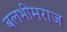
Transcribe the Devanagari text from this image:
बलभीमराज